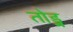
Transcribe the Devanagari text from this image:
तोड्न